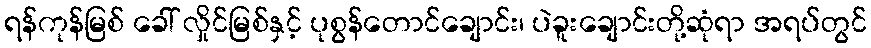
ရန်ကုန်မြစ် ခေါ် လှိုင်မြစ်နှင့် ပုစွန်တောင်ချောင်း၊ ပဲခူးချောင်းတို့ဆုံရာ အရပ်တွင်